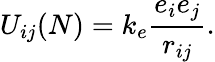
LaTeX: U_{ij}(N)=k_{e}{\frac{e_{i}e_{j}}{r_{ij}}}.